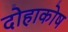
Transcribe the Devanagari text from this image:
दोहाकोष